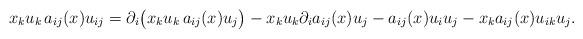
LaTeX: \begin{align*}x_{k} u_{k} \, a_{ij}(x) u_{ij}= \partial_i\big(x_{k} u_{k} \, a_{ij}(x) u_{j}\big) - x_{k} u_{k} \partial_i a_{ij}(x) u_{j} - a_{ij}(x)u_{i}u_{j} - x_{k}a_{ij}(x)u_{ik} u_{j}.\end{align*}